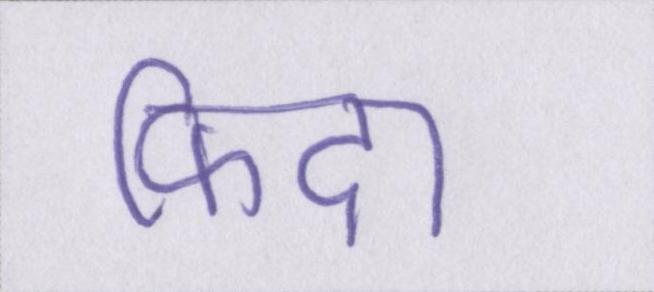
फिदा